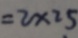
= 2 \times 2 5